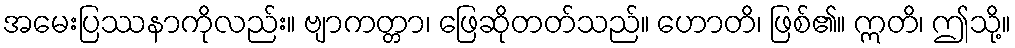
အမေးပြဿနာကိုလည်း။ ဗျာကတ္တာ၊ ဖြေဆိုတတ်သည်။ ဟောတိ၊ ဖြစ်၏။ ဣတိ၊ ဤသို့။